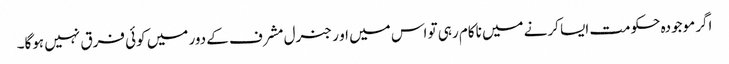
اگر موجودہ حکومت ایسا کرنے میں ناکام رہی تو اس میں او ر جنرل مشرف کے دور میں کوئی فرق نہیں ہوگا۔